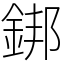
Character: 𨧜